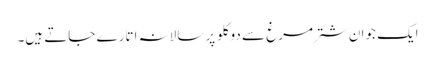
ایک جوان شتر مرغ سے دو کلو پَر سالانہ اتارے جاتے ہیں۔